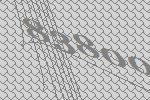
83800